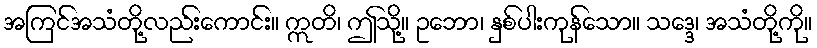
အကြင်အသံတို့လည်းကောင်း။ ဣတိ၊ ဤသို့။ ဥဘော၊ နှစ်ပါးကုန်သော။ သဒ္ဒေ၊ အသံတို့ကို။